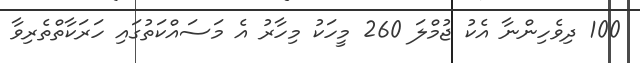
100 ދިވެހިންނާ އެކު ޖުމްލަ 260 މީހަކު މިހާރު އެ މަސައްކަތުގައި ހަރަކާތްތެރިވާ